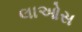
લાઓસ